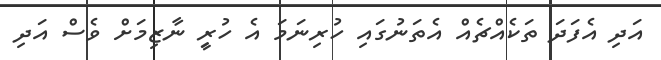
އަދި އެފަދަ ތަކެއްޗެއް އެތަނުގައި ހުރިނަމަ އެ ހުރިީ ނާޒިމަށް ވެސް އަދި